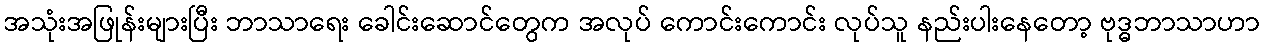
အသုံးအဖြုန်းများပြီး ဘာသာရေး ခေါင်းဆောင်တွေက အလုပ် ကောင်းကောင်း လုပ်သူ နည်းပါးနေတော့ ဗုဒ္ဓဘာသာဟာ